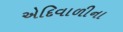
એદિવાળીના